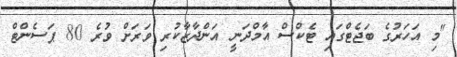
"މި އަހަރުގެ ބަޖެޓްގައި ޓެކްސް އާމްދަނީ އަންދާޒާކުރި ވަރަށް ވުރެ 80 ޕަސެންޓް